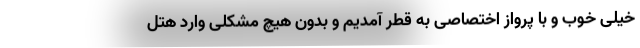
خیلی خوب و با پرواز اختصاصی به قطر آمدیم و بدون هیچ مشکلی وارد هتل